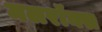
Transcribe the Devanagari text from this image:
मलरॉक्स